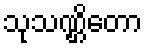
သုသဏ္ဌိတော